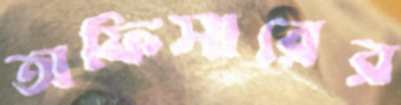
অফিসারের